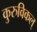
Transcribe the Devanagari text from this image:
कुरुविकल्